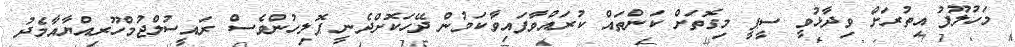
މަހުލޫފު އިތުރަށް ވިދާޅުވީ ސީޕީ މިގޮތަށް ކަންތައް ކުރައްވާފައިވާކަމުން ދޭހަކޮށްދެނީ ޕޮލިހުންވެސް ރައީސުލްޖުމްހޫރިއްޔާއާމެދު